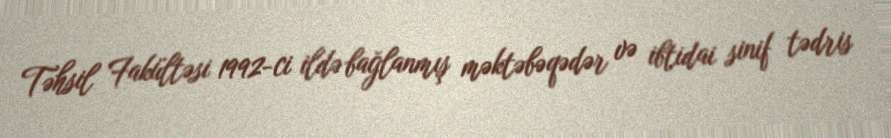
Təhsil Fakültəsi 1992-ci ildə bağlanmış məktəbəqədər və ibtidai sinif tədris